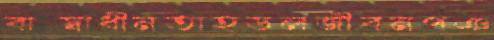
বাগ্স্বাধীনতাহডলজীবনপঞ